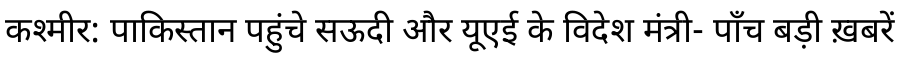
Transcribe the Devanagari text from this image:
कश्मीर: पाकिस्तान पहुंचे सऊदी और यूएई के विदेश मंत्री- पाँच बड़ी ख़बरें